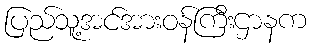
ပြည်သူ့အင်အားဝန်ကြီးဌာနက